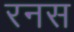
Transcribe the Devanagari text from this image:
रनस